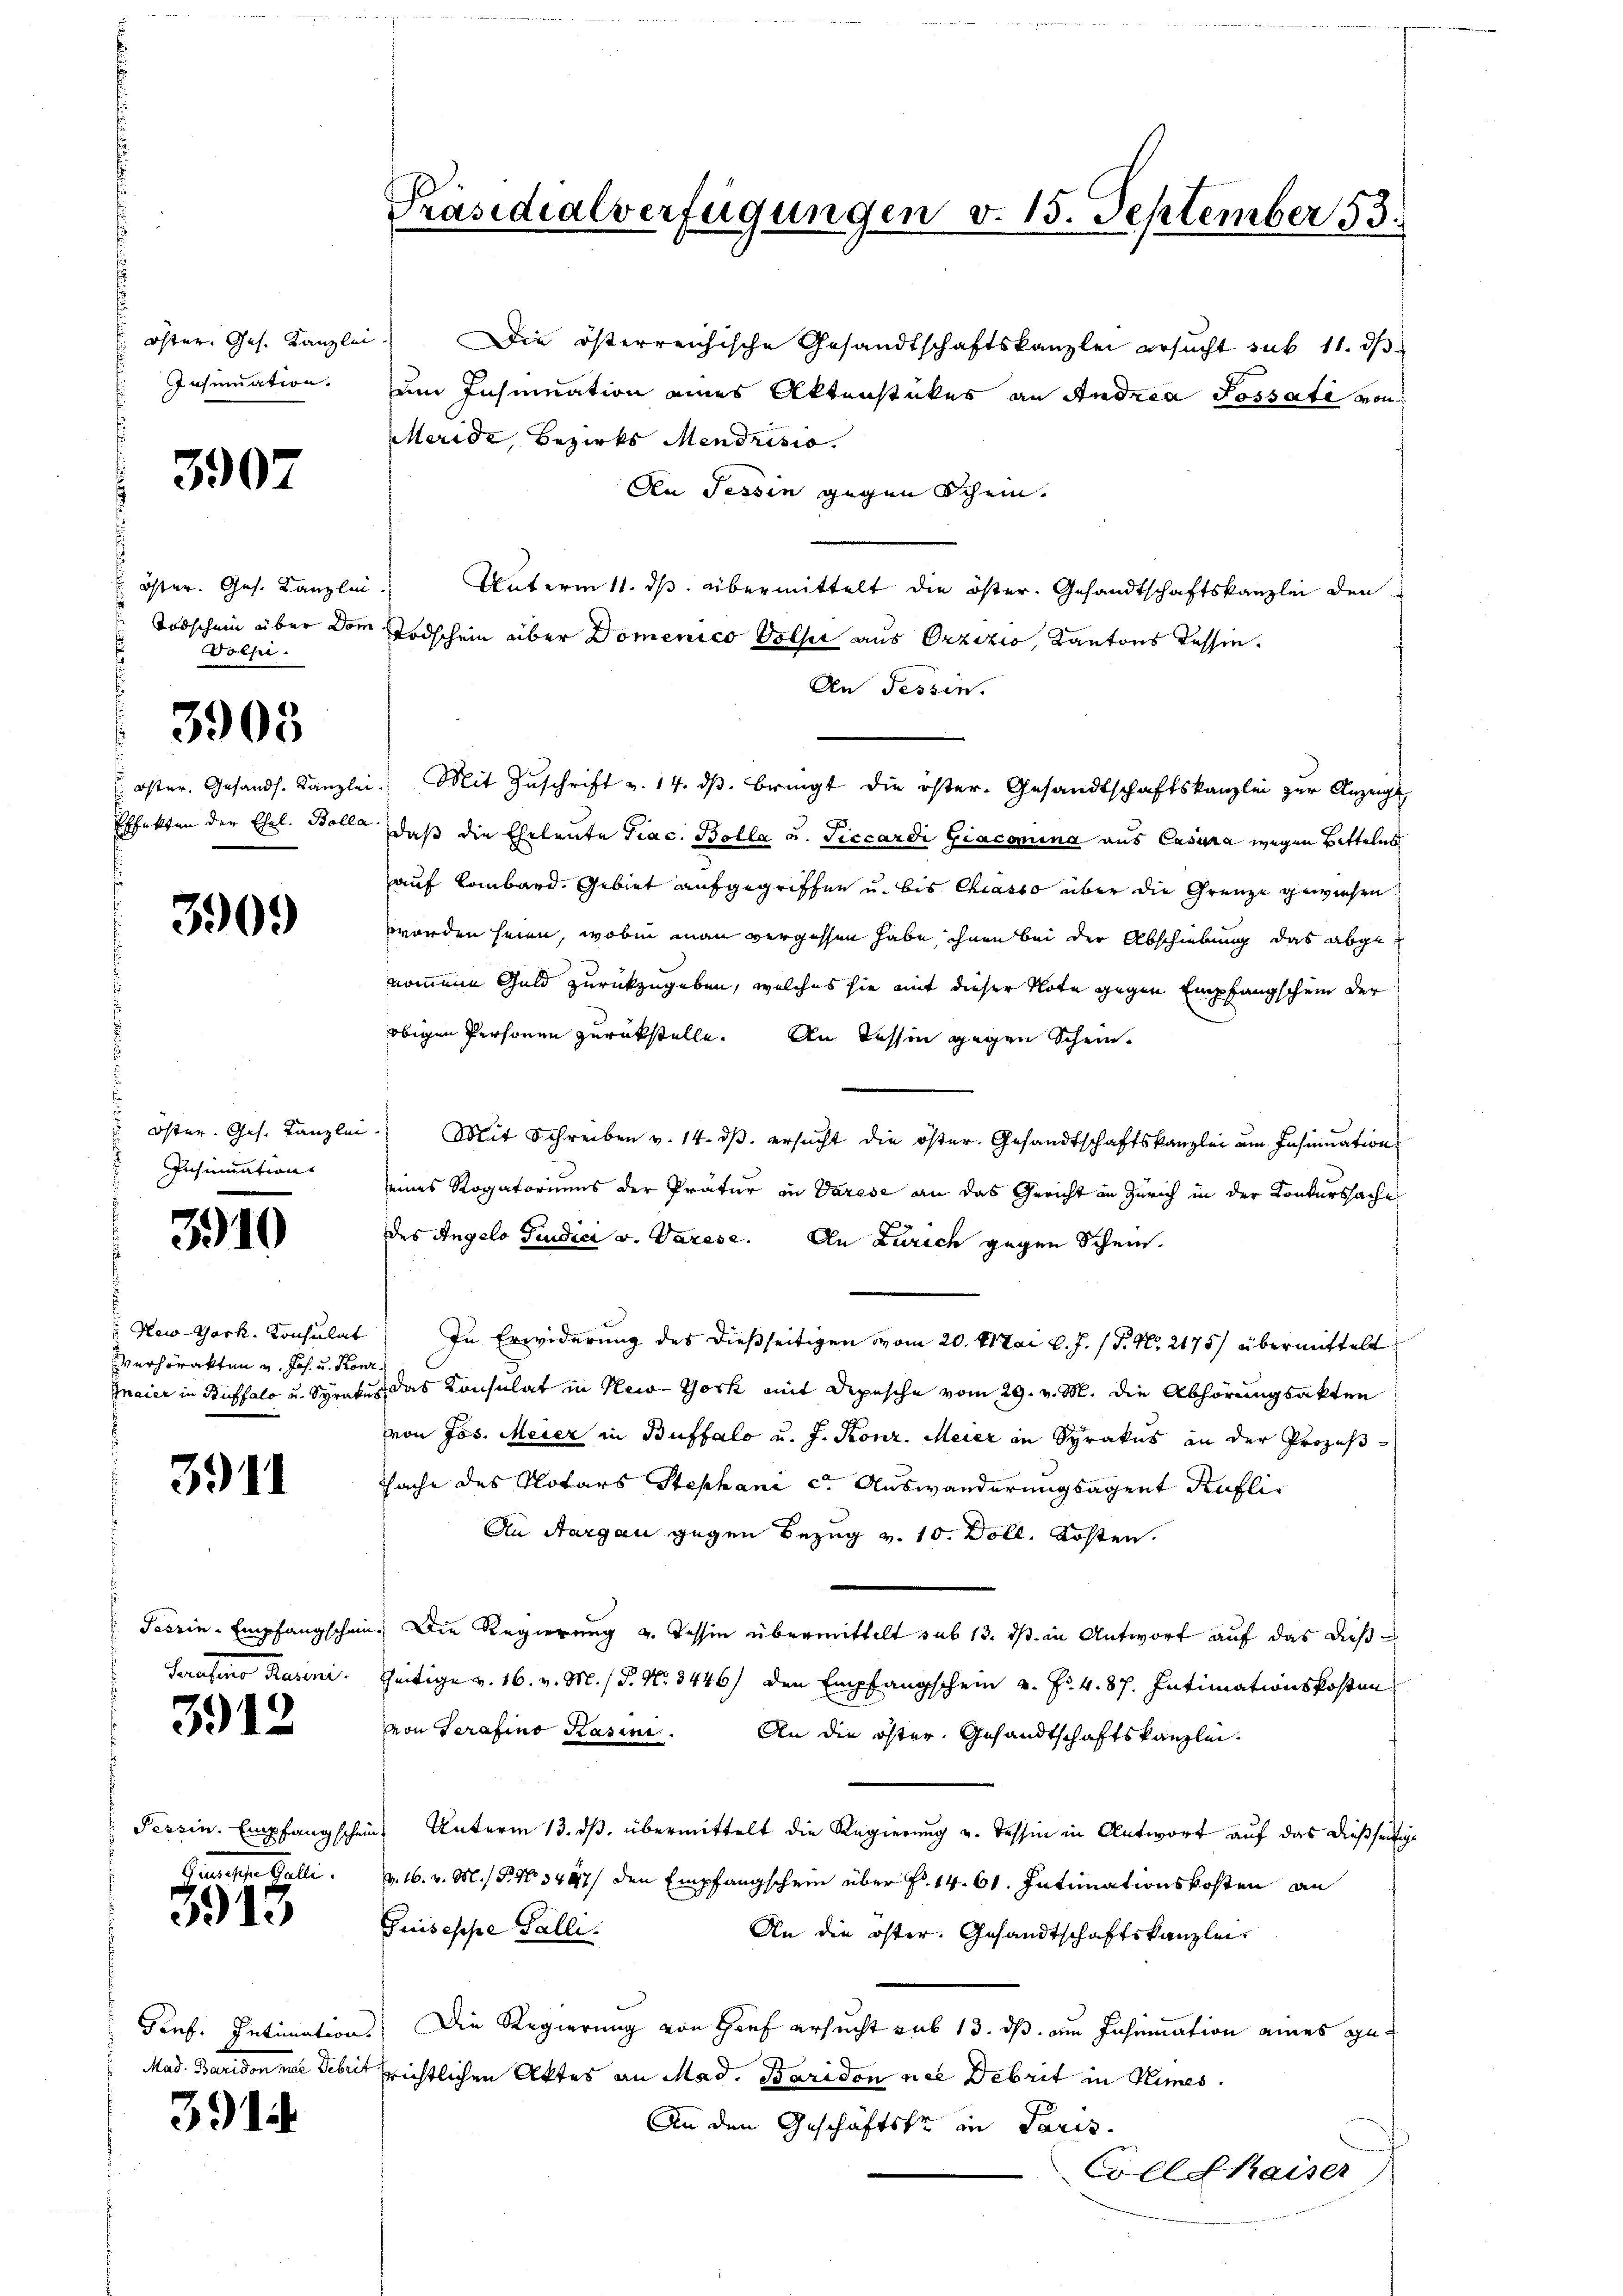
öster. Ges. Kanzlei
Insinuation.
.

3907

Öster. Ges. Kanzlei
 Todschein über Dom
s
Dolsi.

3903

Oster. Gesandt. Kanzl
Effekten der Ehel. Bolli

3909

öster. Ges. Kanzlei
Insinuation

3910

New-York, Konsulat
Verhörakten u. Joh. u. Pos
Znaier in Ruffalo u. Syrat

3911

Teszin-Empfangschein
drasten Juni.

3912

Tessin. Empfang schei
Gemische Galle

3913

Porf. Intimation
Mad. Pausen neue Ueber

3914

Präsidialverfügungen v. 15. September 53.

Die österreichische Gesandtschaftskanzlei ersucht sub 11. ds
um Insinuation eines Aktenstükes an Andrea Possati von
Meride, Bezirks Mendrisio
An Tessin gegen Schein.
Unterm 11. ds. übermittelt die öster. Gesandtschaftskanzlei den
Todschein über Domenico Voller aus Orzizio, Kantons Tessin.
An Tessin.
 Mit Zŭschrift v. 14. dβ. bringt die öster- Gesandtschaftskanzlei zŭr Anzeigt.
daß die Eheleute Trac. Bolla u. Ticcardi Giacomina aus Casura wegen Bittelns
auf Lombard. Gebiet aufgegriffen u. bis Chiasso über die Grenze gewiesen
worden seien, woben man vergessen habe, ihnen bei der Abschiebung das abgenommene Geld zurückzugeben, welches sie mit dieser Note gegen Empfangschein der
obigen Personen zurückstelle. An Tessin gegen Scheins
Mit Schreiben v. 14. dβ. ersŭcht die öster. Gesandtschaftskanzlei am Insinuation
seines Rogatoriums der Pratur in Varese an das Gericht in Zürich in der Konkurssache
des Angelo Giudici v. Varese. An Zürich gegen Schein¬
In Erwiderung des dießseitigen vom 20. Mai d. J. (T. N. 2175/ übermittelt
a
u. das Consulat in New-York mit Depesche vom 29. v. M. die Abhörungsakten
von Jos. Meier in Buffalo u. J. Konr. Meier in Sprakus an der Prozess-
Sache des Notars Stephani c. Auswanderungsagent Kufli¬
An Aargau gegen Bezug v. 10. Doll. Kosten
u. Die Regierung u. Tessin übermittelt sub 13. ds. in Antwort auf das dießzeitige v. 16. v. M. P. Nr. 3446) den Empfangschein v. Fr. 4. 87. Intimationskosten
von Serafino Kasini. An die öster. Gesandtschaftskanzlei.
in Unterm 13. ds. übermittelt die Regierung u. Tessin in Antwort auf das dießseitige
v. 16. v. M. P. No 3447/ den Empfangschein über Fr. 14. 61. Intimationskosten an
Guiseppe Falle.
An die öster. Gesandtschaftskanzlei-
) Die Regierung von Hauf ersucht sub 13. ds. am Inhimation eines gerichtlichen Aktes an Mad. Baridon nie Debrit in Kimes.
An den Geschäftste in Paris.
Collekaiser)